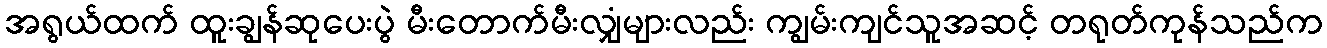
အရွယ်ထက် ထူးချွန်ဆုပေးပွဲ မီးတောက်မီးလျှံများလည်း ကျွမ်းကျင်သူအဆင့် တရုတ်ကုန်သည်က